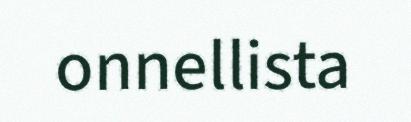
onnellista